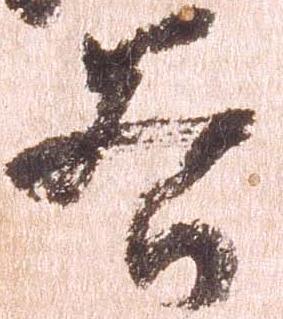
谷